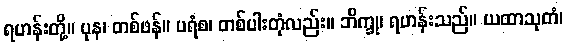
ရဟန်းတို့။ ပုန၊ တစ်ဖန်။ ပရံစ၊ တစ်ပါးတုံလည်း။ ဘိက္ခု၊ ရဟန်းသည်။ ယထာသုတံ၊